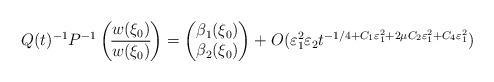
LaTeX: \begin{align*} Q(t)^{-1}P^{-1} \begin{pmatrix}w(\xi_0) \\\overline{w(\xi_0)}\end{pmatrix} = \begin{pmatrix}\beta_1(\xi_0) \\\beta_2(\xi_0) \end{pmatrix} + O(\varepsilon_1^2\varepsilon_2t^{-1/4 + C_1 \varepsilon^2_1 + 2\mu C_2 \varepsilon^2_1 + C_4 \varepsilon_1^2})\end{align*}